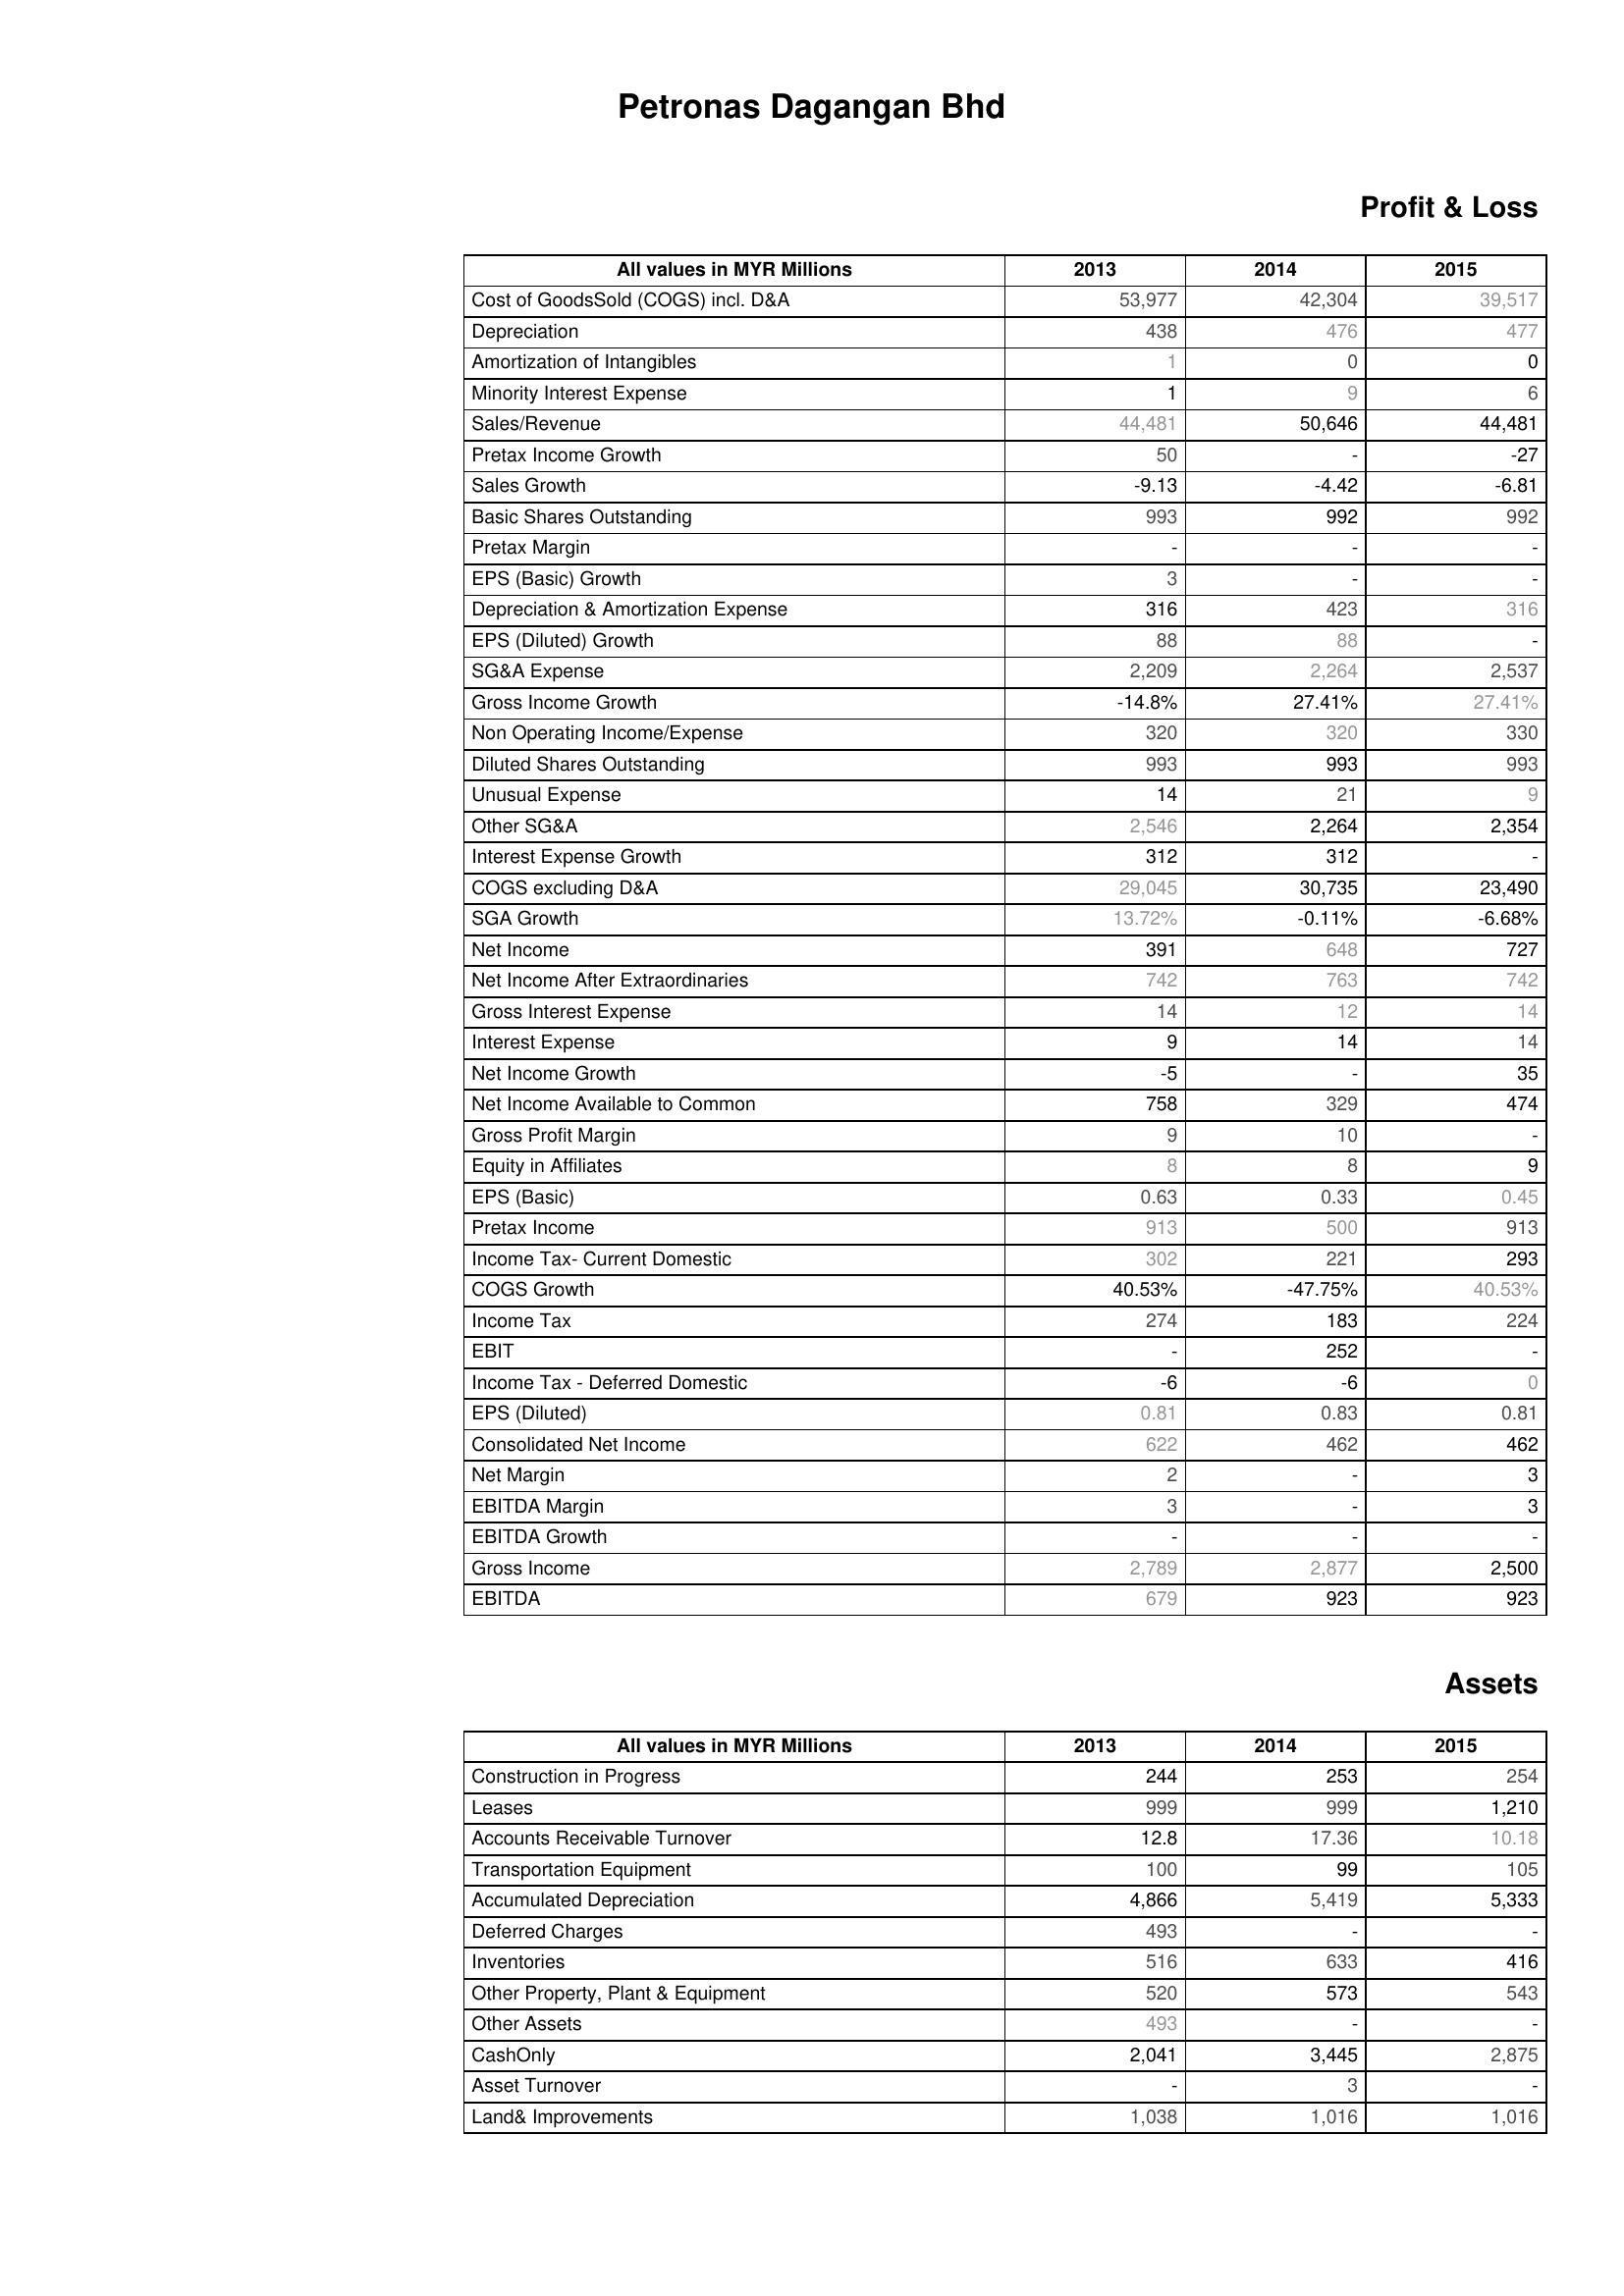
2013: Profit & Loss: Cost of GoodsSold (COGS) incl. D&A: 53,977
Depreciation: 438
Amortization of Intangibles: 1
Minority Interest Expense: 1
Sales/Revenue: 44,481
Pretax Income Growth: 50
Sales Growth: -9.13
Basic Shares Outstanding: 993
Pretax Margin: -
EPS (Basic) Growth: 3
Depreciation & Amortization Expense: 316
EPS (Diluted) Growth: 88
SG&A Expense: 2,209
Gross Income Growth: -14.8%
Non Operating Income/Expense: 320
Diluted Shares Outstanding: 993
Unusual Expense: 14
Other SG&A: 2,546
Interest Expense Growth: 312
COGS excluding D&A: 29,045
SGA Growth: 13.72%
Net Income: 391
Net Income After Extraordinaries: 742
Gross Interest Expense: 14
Interest Expense: 9
Net Income Growth: -5
Net Income Available to Common: 758
Gross Profit Margin: 9
Equity in Affiliates: 8
EPS (Basic): 0.63
Pretax Income: 913
Income Tax- Current Domestic: 302
COGS Growth: 40.53%
Income Tax: 274
EBIT: -
Income Tax - Deferred Domestic: -6
EPS (Diluted): 0.81
Consolidated Net Income: 622
Net Margin: 2
EBITDA Margin: 3
EBITDA Growth: -
Gross Income: 2,789
EBITDA: 679
Assets: Construction in Progress: 244
Leases: 999
Accounts Receivable Turnover: 12.8
Transportation Equipment: 100
Accumulated Depreciation: 4,866
Deferred Charges: 493
Inventories: 516
Other Property, Plant & Equipment: 520
Other Assets: 493
CashOnly: 2,041
Asset Turnover: -
Land& Improvements: 1,038
2014: Profit & Loss: Cost of GoodsSold (COGS) incl. D&A: 42,304
Depreciation: 476
Amortization of Intangibles: 0
Minority Interest Expense: 9
Sales/Revenue: 50,646
Pretax Income Growth: -
Sales Growth: -4.42
Basic Shares Outstanding: 992
Pretax Margin: -
EPS (Basic) Growth: -
Depreciation & Amortization Expense: 423
EPS (Diluted) Growth: 88
SG&A Expense: 2,264
Gross Income Growth: 27.41%
Non Operating Income/Expense: 320
Diluted Shares Outstanding: 993
Unusual Expense: 21
Other SG&A: 2,264
Interest Expense Growth: 312
COGS excluding D&A: 30,735
SGA Growth: -0.11%
Net Income: 648
Net Income After Extraordinaries: 763
Gross Interest Expense: 12
Interest Expense: 14
Net Income Growth: -
Net Income Available to Common: 329
Gross Profit Margin: 10
Equity in Affiliates: 8
EPS (Basic): 0.33
Pretax Income: 500
Income Tax- Current Domestic: 221
COGS Growth: -47.75%
Income Tax: 183
EBIT: 252
Income Tax - Deferred Domestic: -6
EPS (Diluted): 0.83
Consolidated Net Income: 462
Net Margin: -
EBITDA Margin: -
EBITDA Growth: -
Gross Income: 2,877
EBITDA: 923
Assets: Construction in Progress: 253
Leases: 999
Accounts Receivable Turnover: 17.36
Transportation Equipment: 99
Accumulated Depreciation: 5,419
Deferred Charges: -
Inventories: 633
Other Property, Plant & Equipment: 573
Other Assets: -
CashOnly: 3,445
Asset Turnover: 3
Land& Improvements: 1,016
2015: Profit & Loss: Cost of GoodsSold (COGS) incl. D&A: 39,517
Depreciation: 477
Amortization of Intangibles: 0
Minority Interest Expense: 6
Sales/Revenue: 44,481
Pretax Income Growth: -27
Sales Growth: -6.81
Basic Shares Outstanding: 992
Pretax Margin: -
EPS (Basic) Growth: -
Depreciation & Amortization Expense: 316
EPS (Diluted) Growth: -
SG&A Expense: 2,537
Gross Income Growth: 27.41%
Non Operating Income/Expense: 330
Diluted Shares Outstanding: 993
Unusual Expense: 9
Other SG&A: 2,354
Interest Expense Growth: -
COGS excluding D&A: 23,490
SGA Growth: -6.68%
Net Income: 727
Net Income After Extraordinaries: 742
Gross Interest Expense: 14
Interest Expense: 14
Net Income Growth: 35
Net Income Available to Common: 474
Gross Profit Margin: -
Equity in Affiliates: 9
EPS (Basic): 0.45
Pretax Income: 913
Income Tax- Current Domestic: 293
COGS Growth: 40.53%
Income Tax: 224
EBIT: -
Income Tax - Deferred Domestic: 0
EPS (Diluted): 0.81
Consolidated Net Income: 462
Net Margin: 3
EBITDA Margin: 3
EBITDA Growth: -
Gross Income: 2,500
EBITDA: 923
Assets: Construction in Progress: 254
Leases: 1,210
Accounts Receivable Turnover: 10.18
Transportation Equipment: 105
Accumulated Depreciation: 5,333
Deferred Charges: -
Inventories: 416
Other Property, Plant & Equipment: 543
Other Assets: -
CashOnly: 2,875
Asset Turnover: -
Land& Improvements: 1,016